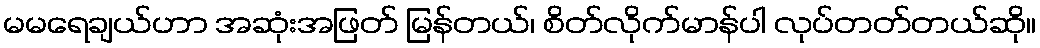
မမရေချယ်ဟာ အဆုံးအဖြတ် မြန်တယ်၊ စိတ်လိုက်မာန်ပါ လုပ်တတ်တယ်ဆို။